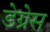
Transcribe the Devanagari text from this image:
डेग्रेस